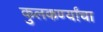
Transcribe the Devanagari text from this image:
कुलकर्ण्यांचा